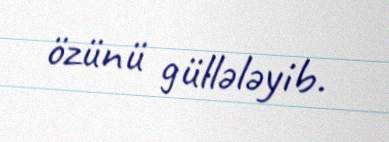
özünü güllələyib.